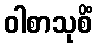
ဝါစာသုစိံ